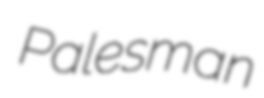
Palesman